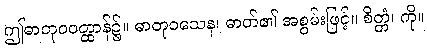
ဤဓာတုဝဝတ္ထာန်၌။ ဓာတုဝသေန၊ ဓာတ်၏ အစွမ်းဖြင့်။ စိတ္တံ၊ ကို။